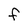
Character: f